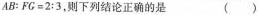
$$A B ：F G = 2 : 3$$，则下列结论正确的是 ()